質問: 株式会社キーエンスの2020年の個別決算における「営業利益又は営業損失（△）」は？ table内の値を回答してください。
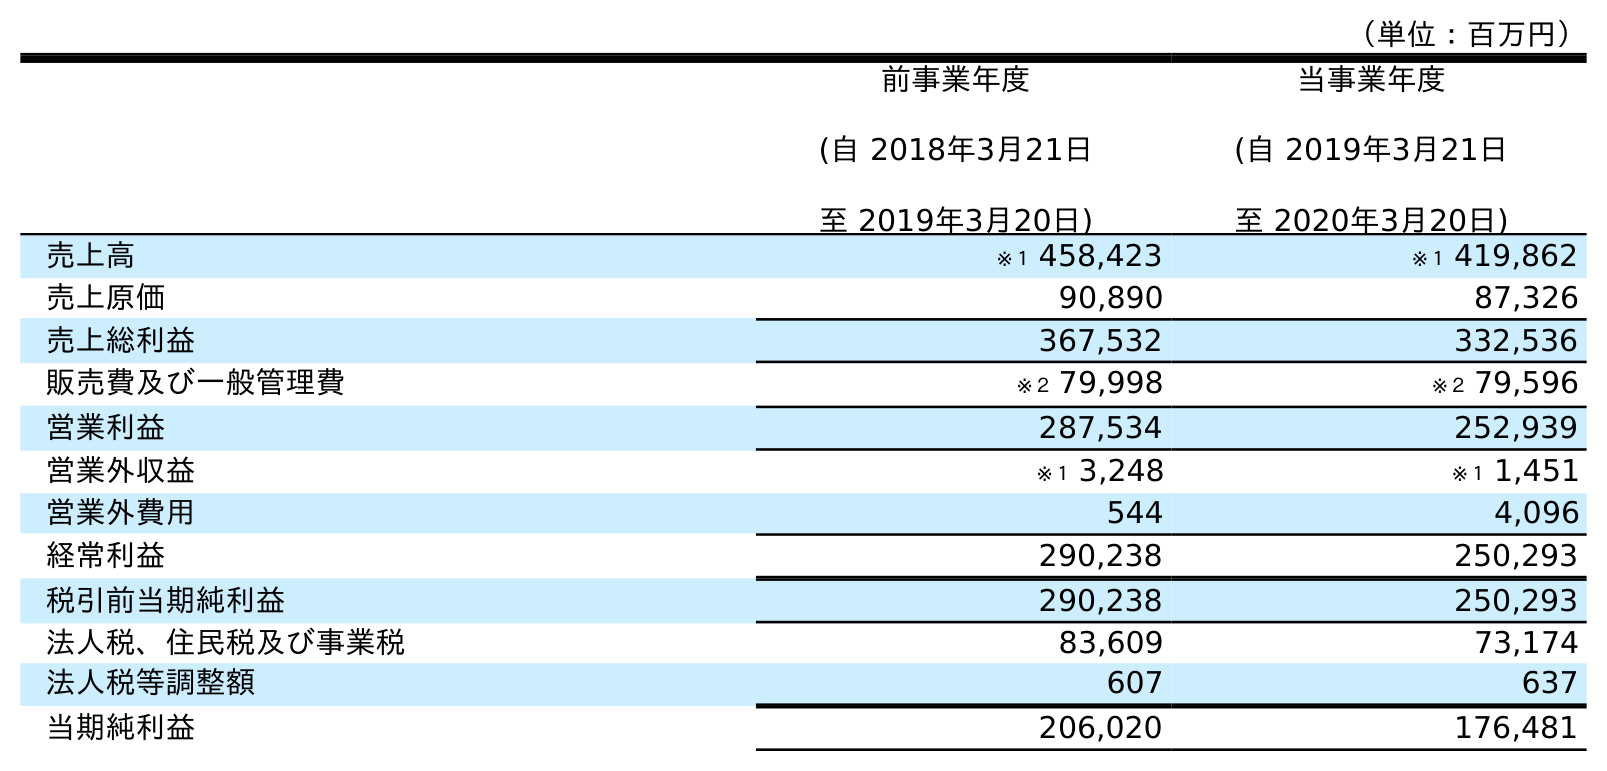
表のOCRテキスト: （単位：百万円） 前事業年度 (自 2018年3月21日 至 2019年3月20日) 当事業年度 (自 2019年3月21日 至 2020年3月20日) 売上高 ※１ 458,423 ※１ 419,862 売上原価 90,890 87,326 売上総利益 367,532 332,536 販売費及び一般管理費 ※２ 79,998 ※２ 79,596 営業利益 287,534 252,939 営業外収益 ※１ 3,248 ※１ 1,451 営業外費用 544 4,096 経常利益 290,238 250,293 税引前当期純利益 290,238 250,293 法人税、住民税及び事業税 83,609 73,174 法人税等調整額 607 637 当期純利益 206,020 176,481
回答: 252,939